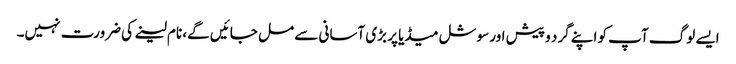
ایسے لوگ آپ کو اپنے گرد و پیش اور سوشل میڈیا پر بڑی آسانی سے مل جائیں گے، نام لینے کی ضرورت نہیں۔